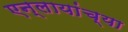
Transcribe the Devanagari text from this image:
एन्लायांच्या